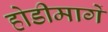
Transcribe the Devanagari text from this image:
होडीमार्गे